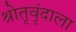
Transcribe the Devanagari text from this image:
श्रोतृवृंदाला